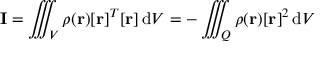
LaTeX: \mathbf { I } = \iiint _ { V } \rho ( \mathbf { r } ) [ \mathbf { r } ] ^ { T } [ \mathbf { r } ] \, \mathrm { d } V = - \iiint _ { Q } \rho ( \mathbf { r } ) [ \mathbf { r } ] ^ { 2 } \, \mathrm { d } V